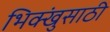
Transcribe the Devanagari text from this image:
भिक्खुंसाठी